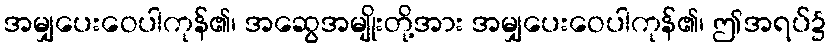
အမျှပေးဝေပါကုန်၏၊ အဆွေအမျိုးတို့အား အမျှပေးဝေပါကုန်၏၊ ဤအရပ်၌